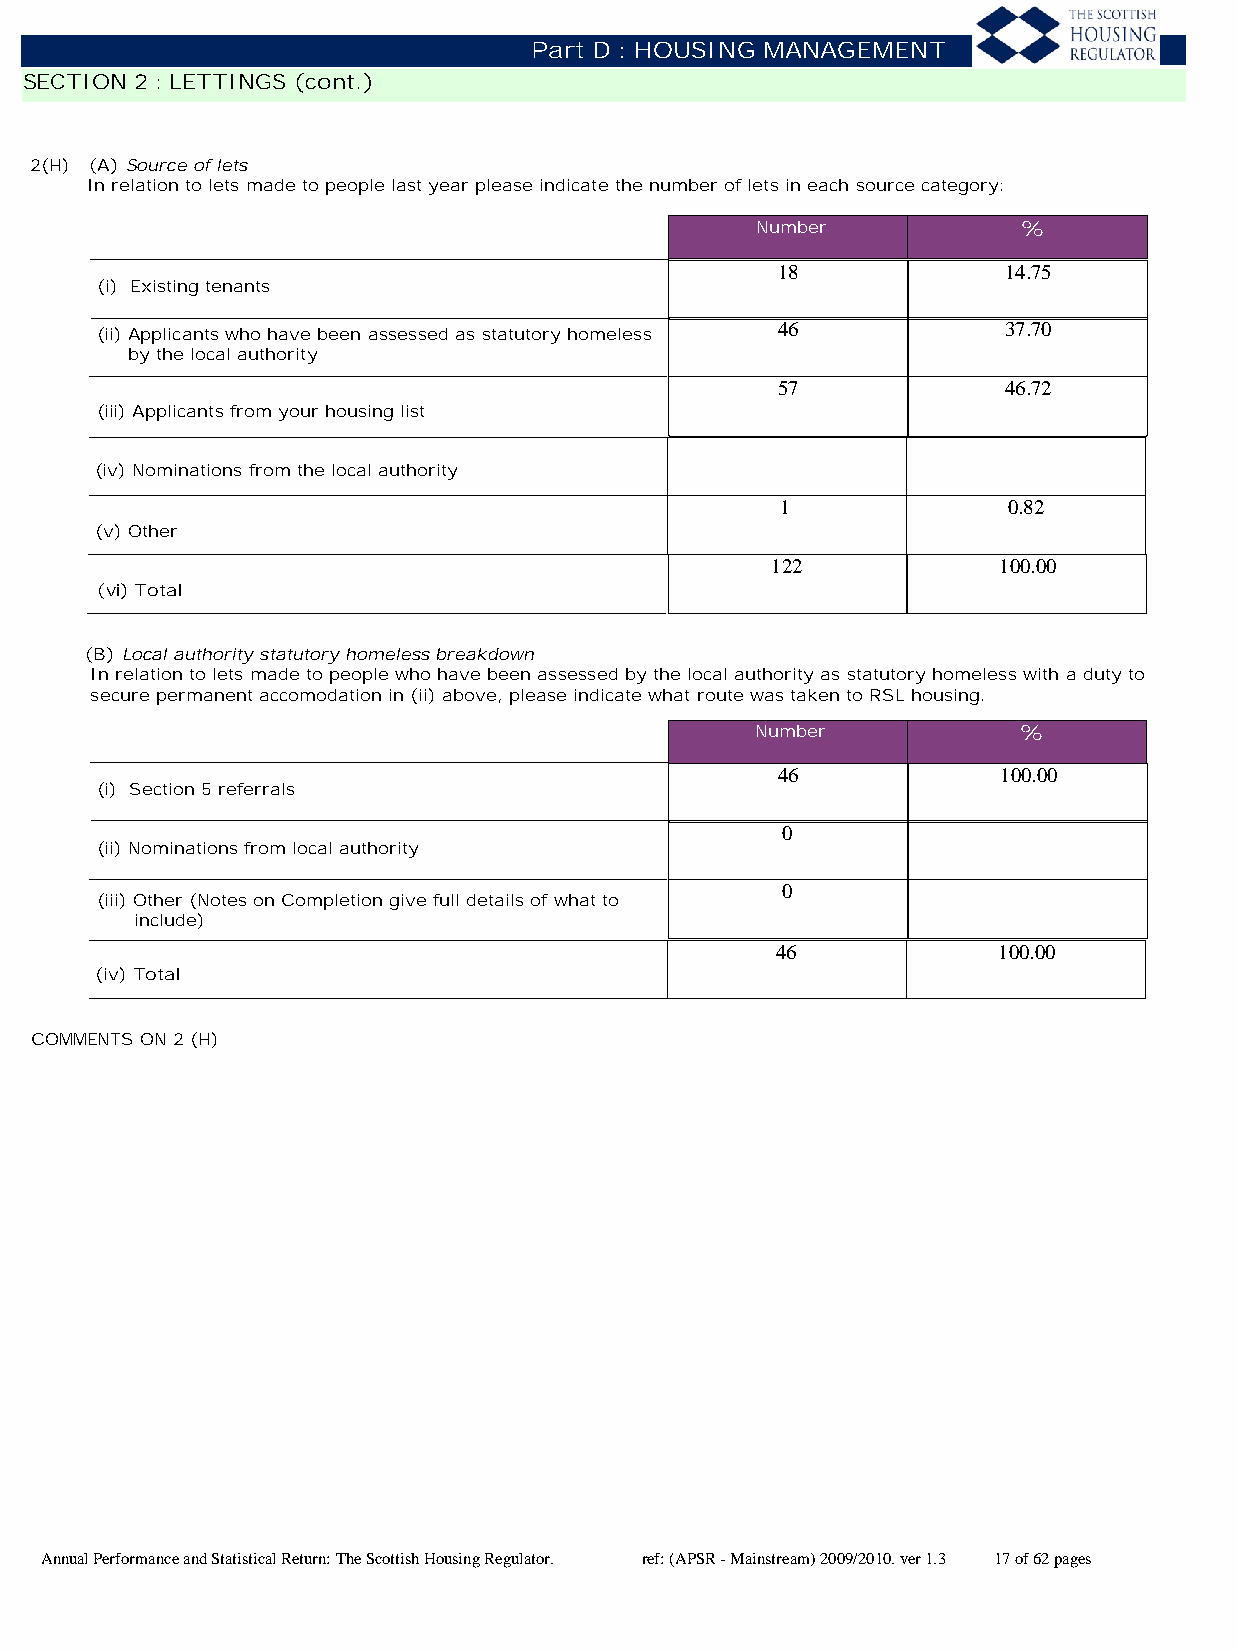
Part D : HOUSING MANAGEMENT
 SECTION 2 : LETTINGS (cont.)
 2(H) (A) Source of lets
 In relation to lets made to people last year please indicate the number of lets in each source category:
 Number            %
 18             14.75
 (i) Existing tenants
 (ii) Applicants who have been assessed as statutory homeless 46 37.70
 by the local authority
 57             46.72
 (iii) Applicants from your housing list
 (iv) Nominations from the local authority
 1              0.82
 (v) Other
 122            100.00
 (vi) Total
 (B) Local authority statutory homeless breakdown
 In relation to lets made to people who have been assessed by the local authority as statutory homeless with a duty to
 secure permanent accomodation in (ii) above, please indicate what route was taken to RSL housing.
 Number           %
 46             100.00
 (i) Section 5 referrals
 0
 (ii) Nominations from local authority
 0
 (iii) Other (Notes on Completion give full details of what to
 include)
 46             100.00
 (iv) Total
 COMMENTS ON 2 (H)
 Annual Performance and Statistical Return: The Scottish Housing Regulator. ref: (APSR - Mainstream) 2009/2010. ver 1.3 17 of 62 pages